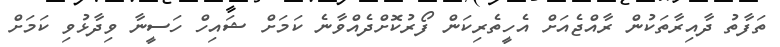
ތަފާތު ދާއިރާތަކުން ރާއްޖެއަށް އެހީތެރިކަން ފޯރުކޮށްދެއްވާނެ ކަމަށް ޝައިހް ހަސީނާ ވިދާޅުވި ކަމަށް